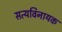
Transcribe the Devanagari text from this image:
सत्यविनायक